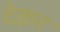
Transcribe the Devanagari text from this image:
देक्रर